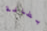
بطانة